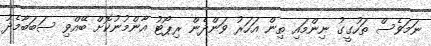
ނަމަވެސް ތަހުގީގު ނިންމައި ތިން އަހަރު ވަންދެން ރިޕޯޓު އާންމުނުކޮށް ބޭއްވި ސަބަބާމެދު